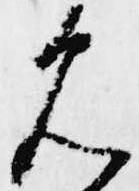
見